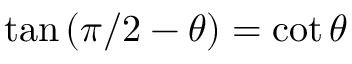
\tan \left( \pi / 2 - \theta \right) = \cot \theta